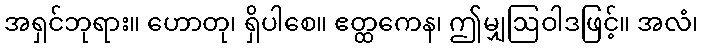
အရှင်ဘုရား။ ဟောတု၊ ရှိပါစေ။ ဧတ္ထကေန၊ ဤမျှဩဝါဒဖြင့်။ အလံ၊